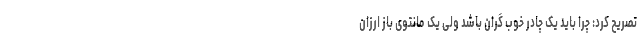
تصریح کرد: چرا باید یک چادر خوب گران باشد ولی یک مانتوی باز ارزان